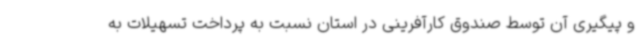
و پیگیری آن توسط صندوق کارآفرینی در استان نسبت به پرداخت تسهیلات به